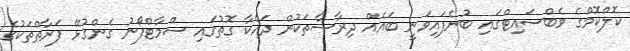
ކޮލްކޮމްގެ ވެބްސައިޓްގައި ބުނެފައިވަނީ ބައެއް ދިރާސާތަކުން ދައްކާ ގޮތުގައި ސްމާޓްފޯނު ގެންގުޅޭ ފަރާތްތަކުގެ